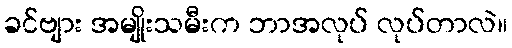
ခင်ဗျား အမျိုးသမီးက ဘာအလုပ် လုပ်တာလဲ။